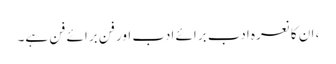
، ان کا نعرہ ادب برائے ادب اور فن برائے فن ہے۔